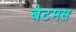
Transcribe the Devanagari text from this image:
बेटमस